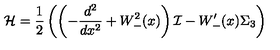
{ \cal H } = \frac { 1 } { 2 } \left( \left( - \frac { d ^ { 2 } } { d x ^ { 2 } } + W _ { - } ^ { 2 } ( x ) \right) { \cal I } - W _ { - } ^ { \prime } ( x ) \Sigma _ { 3 } \right)